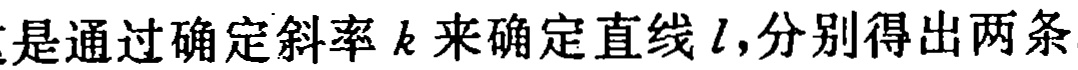
是通过确定斜率 \(k\) 来确定直线 \(l\)，分别得出两条